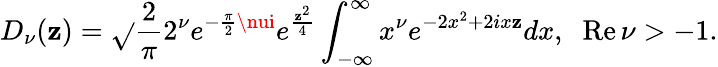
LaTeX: D_{\nu}(\mathbf{z})=\sqrt{}{{{\frac{{2}}{{\pi}}}}}2^{\nu}e^{-{\frac{{\pi}}{{2}}}\nui}e^{{\frac{{\mathbf{z}^{2}}}{{4}}}}\int_{-\infty}^{\infty}x^{\nu}e^{-2x^{2}+2ix\mathbf{z}}dx,\; \; \mathrm{{Re}}\, \nu>-1.